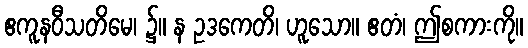
ဧကူနဝီသတိမေ၊ ၌။ န ဥဒကေတိ၊ ဟူသော။ ဧတံ၊ ဤစကားကို။